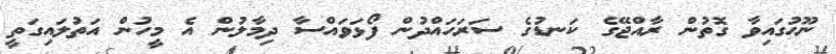
ނޫޙުގައިވާ ގޮތުން ރާއްޖޭގެ ކަނޑުގެ ސަރަހައްދުން ފޯޅަވައްސާ ދިމާލުން އެ މީހުން އަތުލައިގަތީ